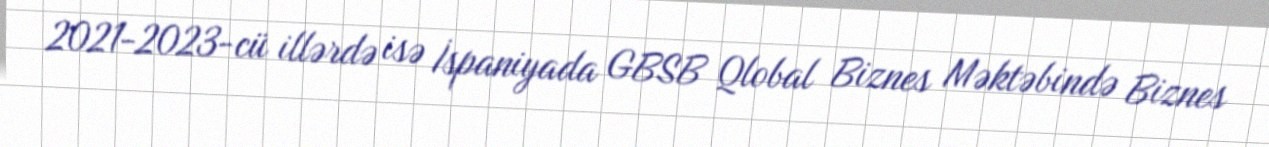
2021-2023-cü illərdə isə İspaniyada GBSB Qlobal Biznes Məktəbində Biznes